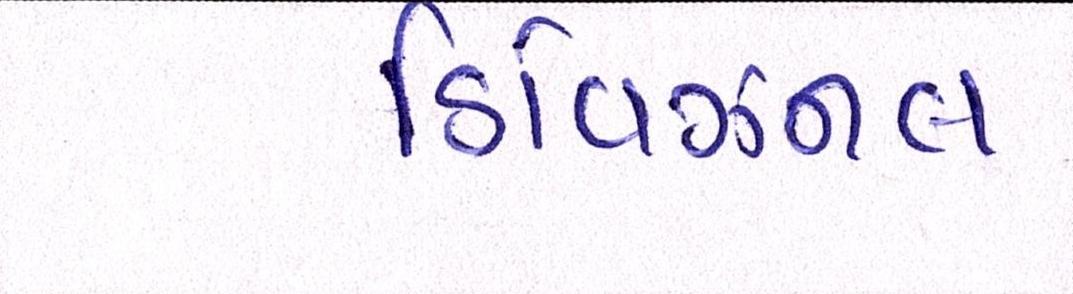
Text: ડિવિઝનલ